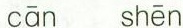
cān shēn